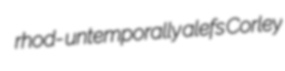
rhod- untemporally alefs Corley